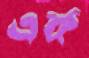
এক